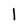
Character: 1